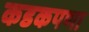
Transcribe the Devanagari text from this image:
कडकपणा